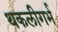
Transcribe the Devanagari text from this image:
थकलीगर्भ